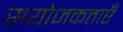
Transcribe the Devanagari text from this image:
सयोजकताएँ